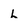
Character: L